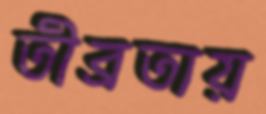
তীব্রতায়